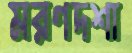
মরণদশা